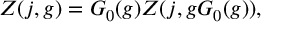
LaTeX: Z ( j , g ) = G _ { 0 } ( g ) { \cal Z } ( j , g G _ { 0 } ( g ) ) ,